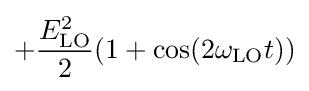
+{\frac {E_{\mathrm {LO} }^{2}}{2}}(1+\cos(2\omega _{\mathrm {LO} }t))